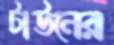
টাউনের